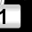
Digit: 1